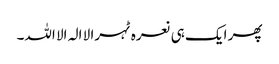
پھر ایک ہی نعرہ ٹہرا لا الہ الا اللہ۔